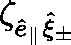
\zeta _ { \hat { e } _ { \parallel } \hat { \mathbf { \xi } } _ { \pm } }